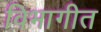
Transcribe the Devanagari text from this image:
विभागीत